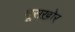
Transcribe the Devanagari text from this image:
घूसख़ोर